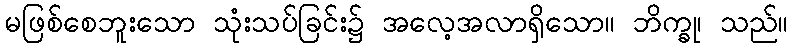
မဖြစ်စေဘူးသော သုံးသပ်ခြင်း၌ အလေ့အလာရှိသော။ ဘိက္ခု၊ သည်။